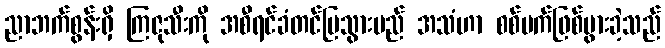
ညာဘက်စွန်းရှိ ကြဇုသီးကို အစီရင်ခံတင်ပြသွားမည် အသံဟာ စစ်မက်ဖြစ်ပွားခဲ့သည်